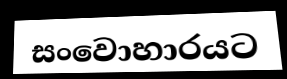
සංවොහාරයට